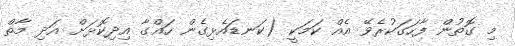
މި ގޮތުން ފާހަގަކުރެވޭ އެއް ކަމަކީ (ކަނޑައެޅިގެން ހައްގާ އިދިކޮޅަށް އަދި މާތް